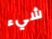
شيء